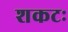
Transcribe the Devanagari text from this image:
शकटः